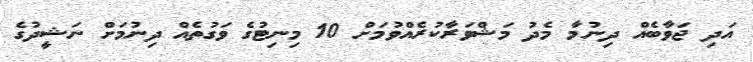
އަދި ޖަވާބެއް ދިނުމާ މެދު މަޝްވަރާކުރެއްވުމަށް 10 މިނިޓުގެ ވަގުތެއް ދިނުމަށް ނަޝީދުގެ